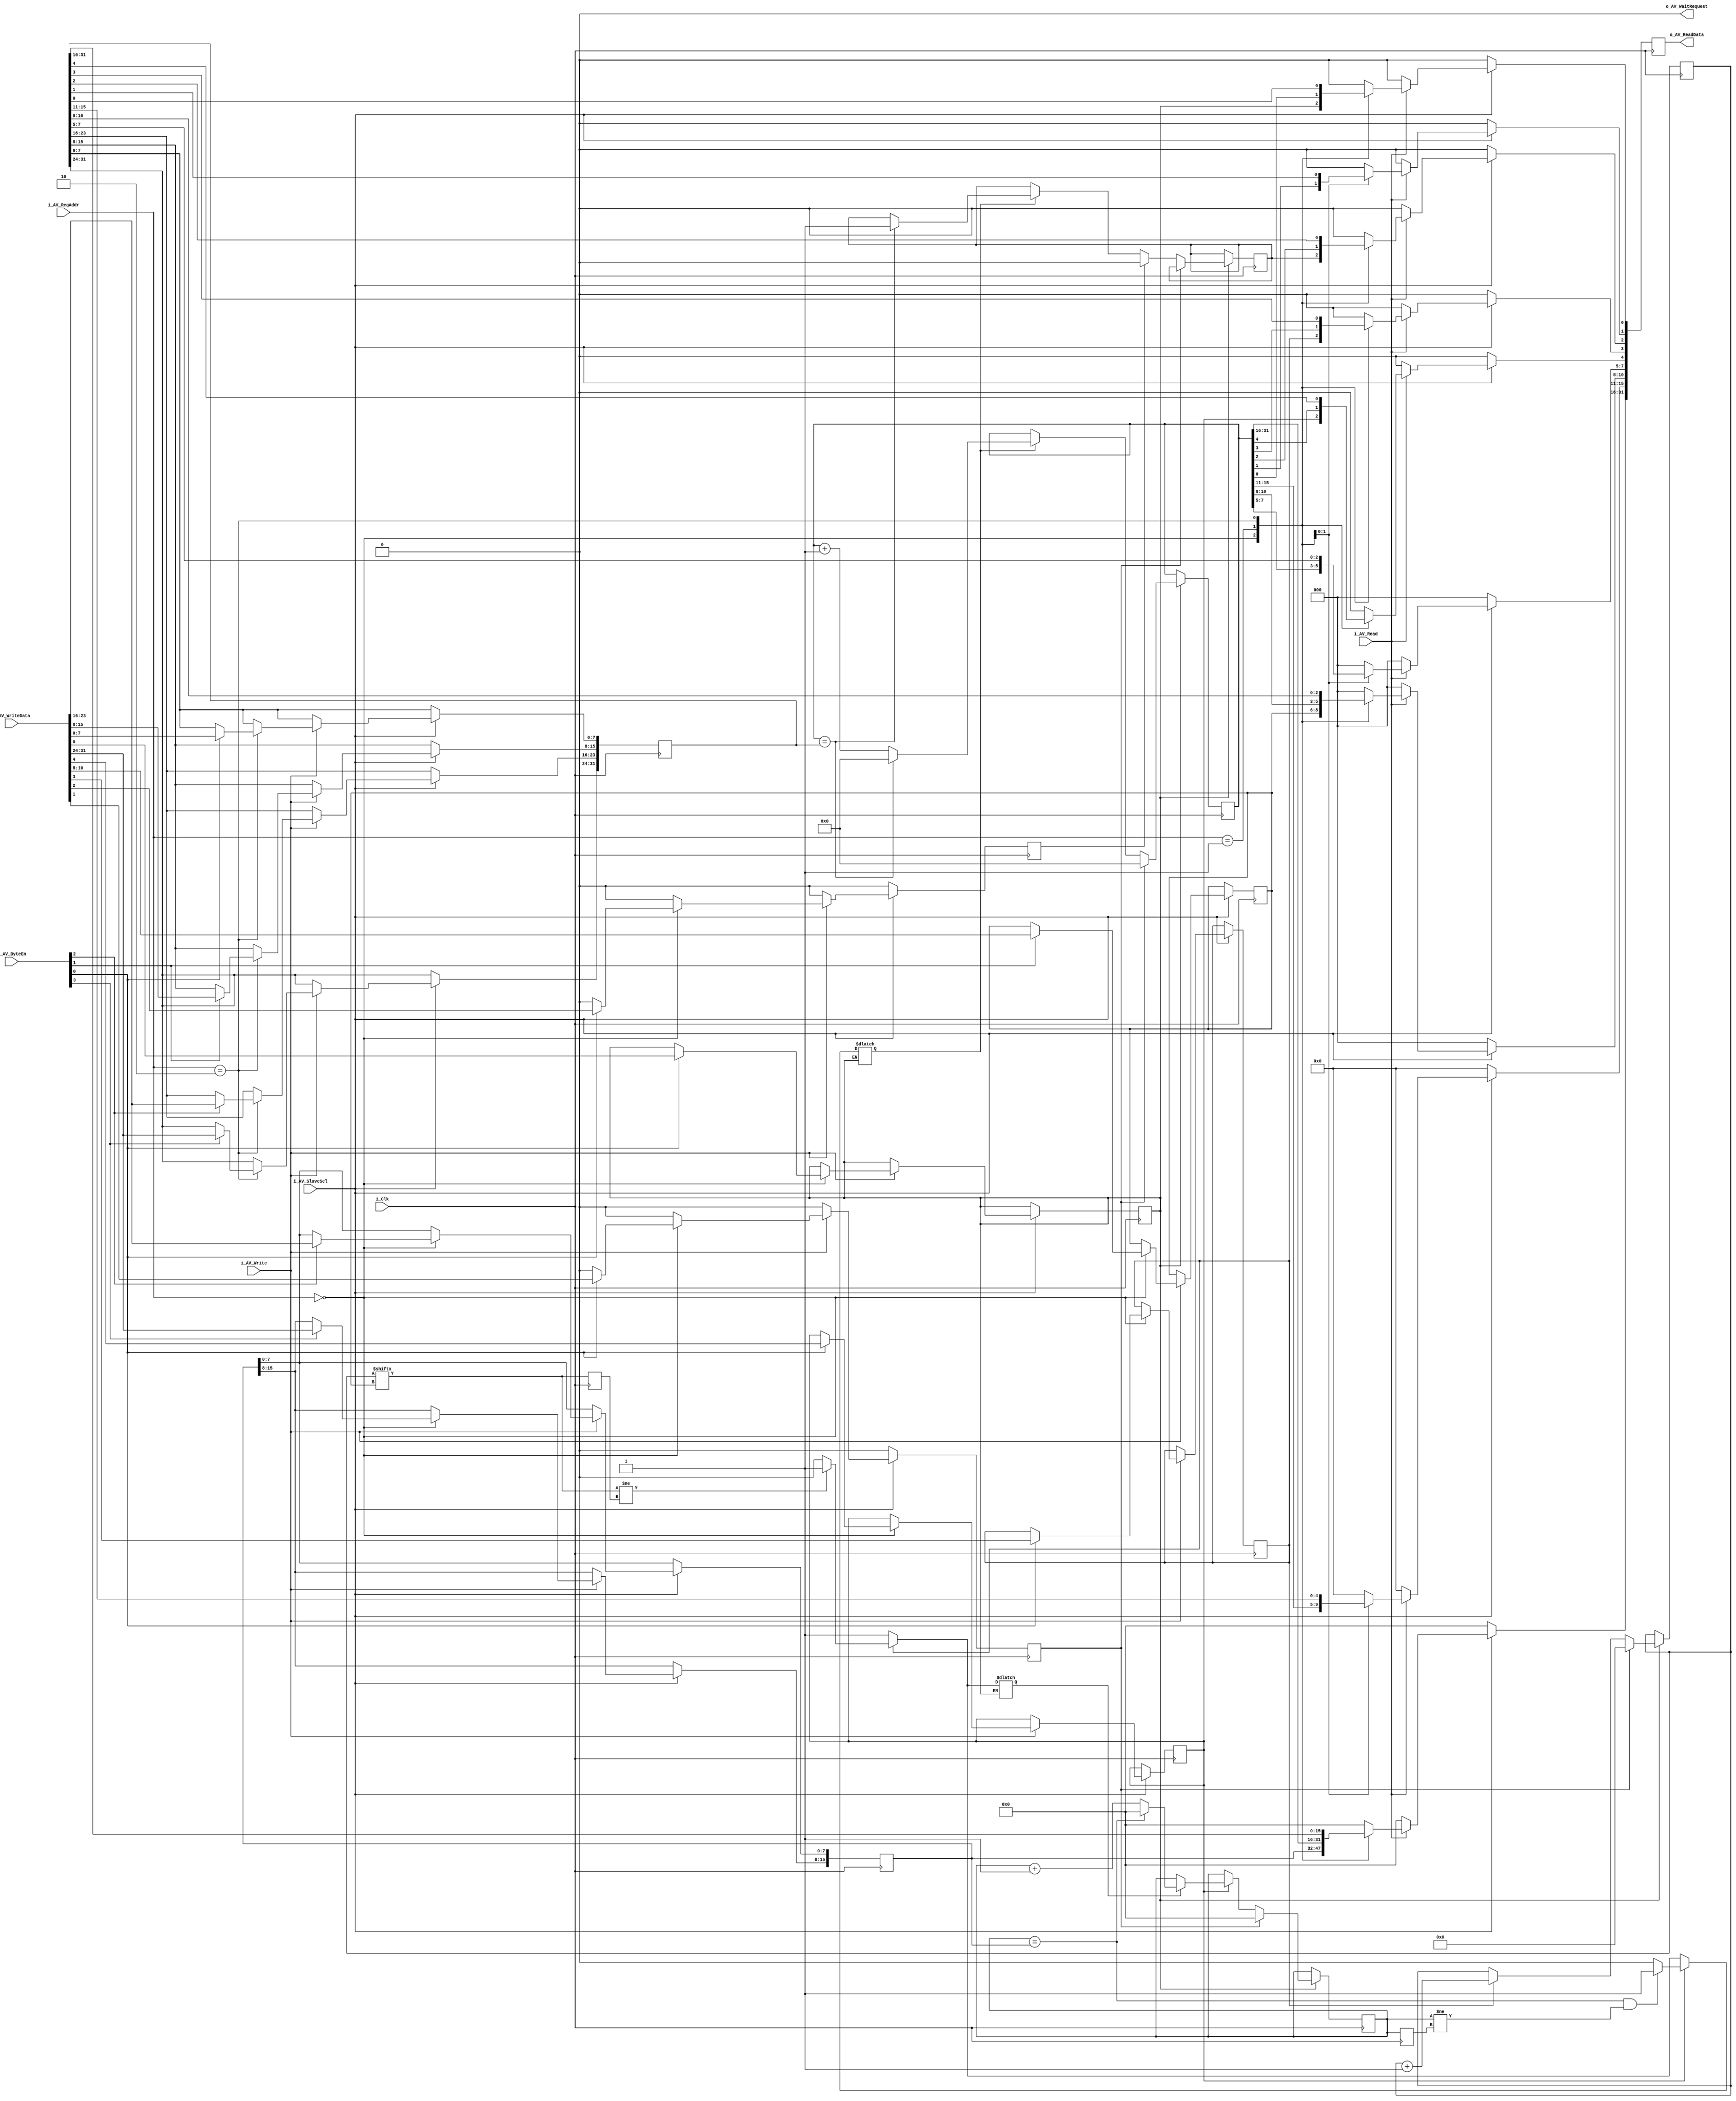
`timescale 1ns / 1ps

module Timer #(
    parameter ADDR_SEL_BITS = 0,
    parameter ADDR_BLOCK = 0
    )(
    input i_Clk,

    //Avalon RW slave
    input i_AV_SlaveSel,
    input [29-ADDR_SEL_BITS:0]i_AV_RegAddr,
    input [3:0]i_AV_ByteEn,
    input i_AV_Read,
    input i_AV_Write,
    output reg [31:0]o_AV_ReadData,
    input [31:0]i_AV_WriteData,
    output o_AV_WaitRequest
    );

    //DBus Signals
    initial begin
        o_AV_ReadData <= 0;
    end
    assign o_AV_WaitRequest = 0;

    //The various register addresses
    parameter p_REG_ADDR_CNTRL   = 0;
    parameter p_REG_ADDR_TIMER   = 1;
    parameter p_REG_ADDR_TRIG    = 2;
    
    //DBus addressable registers
    reg [31:0] r_AReg_Trigger = 0;
    reg r_AReg_Enable = 0;
    reg r_AReg_Reset = 0;
    reg r_AReg_OverFlowClr = 0;
    reg r_AReg_EnablePreScalerN = 0;
    reg r_AReg_EnablePreScalerM = 0;
    reg [2:0]r_AReg_PreScalerN = 0;
    reg [15:0]r_AReg_PreScalerM = 0;

    //Timer Signals
    reg [7:0] r_CounterN = 0;
    reg [15:0] r_CounterM = 0;
    reg [15:0] r_OldCounterM = 0;
    reg [31:0] r_Timer = 0;
    reg r_OverFlow = 0;

    reg r_OldBitN = 0;
    reg r_TickOutN = 0;
    reg r_TickOutM = 0;

    always @(posedge i_Clk)begin
        o_AV_ReadData <= 0;
        r_AReg_Reset <= 0;
        r_AReg_OverFlowClr <= 0;

        if (i_AV_SlaveSel) begin
            //Write transaction
            if(i_AV_Write)begin
                case (i_AV_RegAddr)
                    p_REG_ADDR_CNTRL:begin
                        if(i_AV_ByteEn[0]) {r_AReg_EnablePreScalerM, r_AReg_EnablePreScalerN, r_AReg_OverFlowClr, r_AReg_Reset, r_AReg_Enable} <= i_AV_WriteData[4:0];
                        if(i_AV_ByteEn[1]) r_AReg_PreScalerN <= i_AV_WriteData[10:8];
                        if(i_AV_ByteEn[2]) r_AReg_PreScalerM[7:0] <= i_AV_WriteData[23:16];
                        if(i_AV_ByteEn[3]) r_AReg_PreScalerM[15:8] <= i_AV_WriteData[31:24];
                    end
                    p_REG_ADDR_TIMER:begin
                    end
                    p_REG_ADDR_TRIG:begin
                        if(i_AV_ByteEn[0]) r_AReg_Trigger[7:0]   <= i_AV_WriteData[7:0];
                        if(i_AV_ByteEn[1]) r_AReg_Trigger[15:8]  <= i_AV_WriteData[15:8];
                        if(i_AV_ByteEn[2]) r_AReg_Trigger[23:16] <= i_AV_WriteData[23:16];
                        if(i_AV_ByteEn[3]) r_AReg_Trigger[31:24] <= i_AV_WriteData[31:24];
                    end
                endcase
            end
            
            //Read transaction
            if(i_AV_Read)begin
                case (i_AV_RegAddr)
                    p_REG_ADDR_CNTRL:begin
                        o_AV_ReadData[0] <= r_AReg_Enable;
                        o_AV_ReadData[2] <= r_OverFlow;
                        o_AV_ReadData[3] <= r_AReg_EnablePreScalerN;
                        o_AV_ReadData[4] <= r_AReg_EnablePreScalerM;
                        o_AV_ReadData[10:8]<= r_AReg_PreScalerN;
                        o_AV_ReadData[31:16]<= r_AReg_PreScalerM;
                    end
                    p_REG_ADDR_TIMER:begin
                        o_AV_ReadData <= r_Timer;
                    end
                    p_REG_ADDR_TRIG:begin
                        o_AV_ReadData <= r_AReg_Trigger;
                    end
                    default:begin
                        o_AV_ReadData <= 0;
                    end
                endcase
            end
        end
    end

    always @(*) begin
        if(r_AReg_Enable)begin
            //PreScaler N tick generator
            if(r_AReg_EnablePreScalerN)begin
                if(r_CounterN[r_AReg_PreScalerN] != r_OldBitN)begin
                    r_TickOutN = 1;
                end else begin
                    r_TickOutN = 0;
                end
            end else begin
                r_TickOutN = 1;
            end

            //PreScaler M tick generator
            if(r_AReg_EnablePreScalerM)begin
                if((r_CounterM == r_AReg_PreScalerM) && (r_CounterM != r_OldCounterM))begin
                    r_TickOutM = 1;
                end else begin
                    r_TickOutM = 0;
                end
            end else begin
                r_TickOutM = r_TickOutN;
            end
        end
        
    end

    always @(posedge i_Clk) begin
        r_OldCounterM <= r_CounterM;
        r_OldBitN <= r_CounterN[r_AReg_PreScalerN];

        if(r_AReg_Enable)begin
            if(r_AReg_Reset)begin
                r_CounterN <= 0;
                r_CounterM <= 0;
                r_Timer <= 0;
            end else begin

                //PreScaler N
                if(r_AReg_EnablePreScalerN)begin
                    r_CounterN <= r_CounterN + 1;
                end

                //PreScaler M
                if(r_AReg_EnablePreScalerM)begin
                    if(r_TickOutN)begin
                        if(r_CounterM == r_AReg_PreScalerM)begin
                            r_CounterM <= 0;
                        end else begin
                            r_CounterM <= r_CounterM + 1;
                        end
                    end
                end

                //Timer
                if(r_TickOutM)begin
                    if(r_Timer == r_AReg_Trigger)begin
                        r_Timer <= 1'b0;

                        if(!r_AReg_OverFlowClr)begin
                            r_OverFlow <= 1'b1;
                        end
                    end else begin
                        r_Timer <= r_Timer + 1'b1;
                    end 
                end
                
                if(r_AReg_OverFlowClr)begin
                    r_OverFlow <= 1'b0;
                end
            end 
        end
    end
endmodule